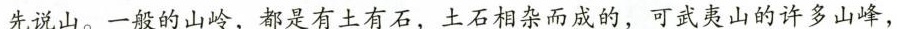
先说山。一般的山岭，都是有土有石，土石相杂而成的，可武夷山的许多山峰，